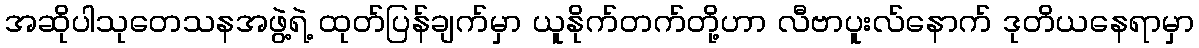
အဆိုပါသုတေသနအဖွဲ့ရဲ့ ထုတ်ပြန်ချက်မှာ ယူနိုက်တက်တို့ဟာ လီဗာပူးလ်နောက် ဒုတိယနေရာမှာ